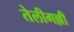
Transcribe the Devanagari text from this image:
तेलीगल्ली